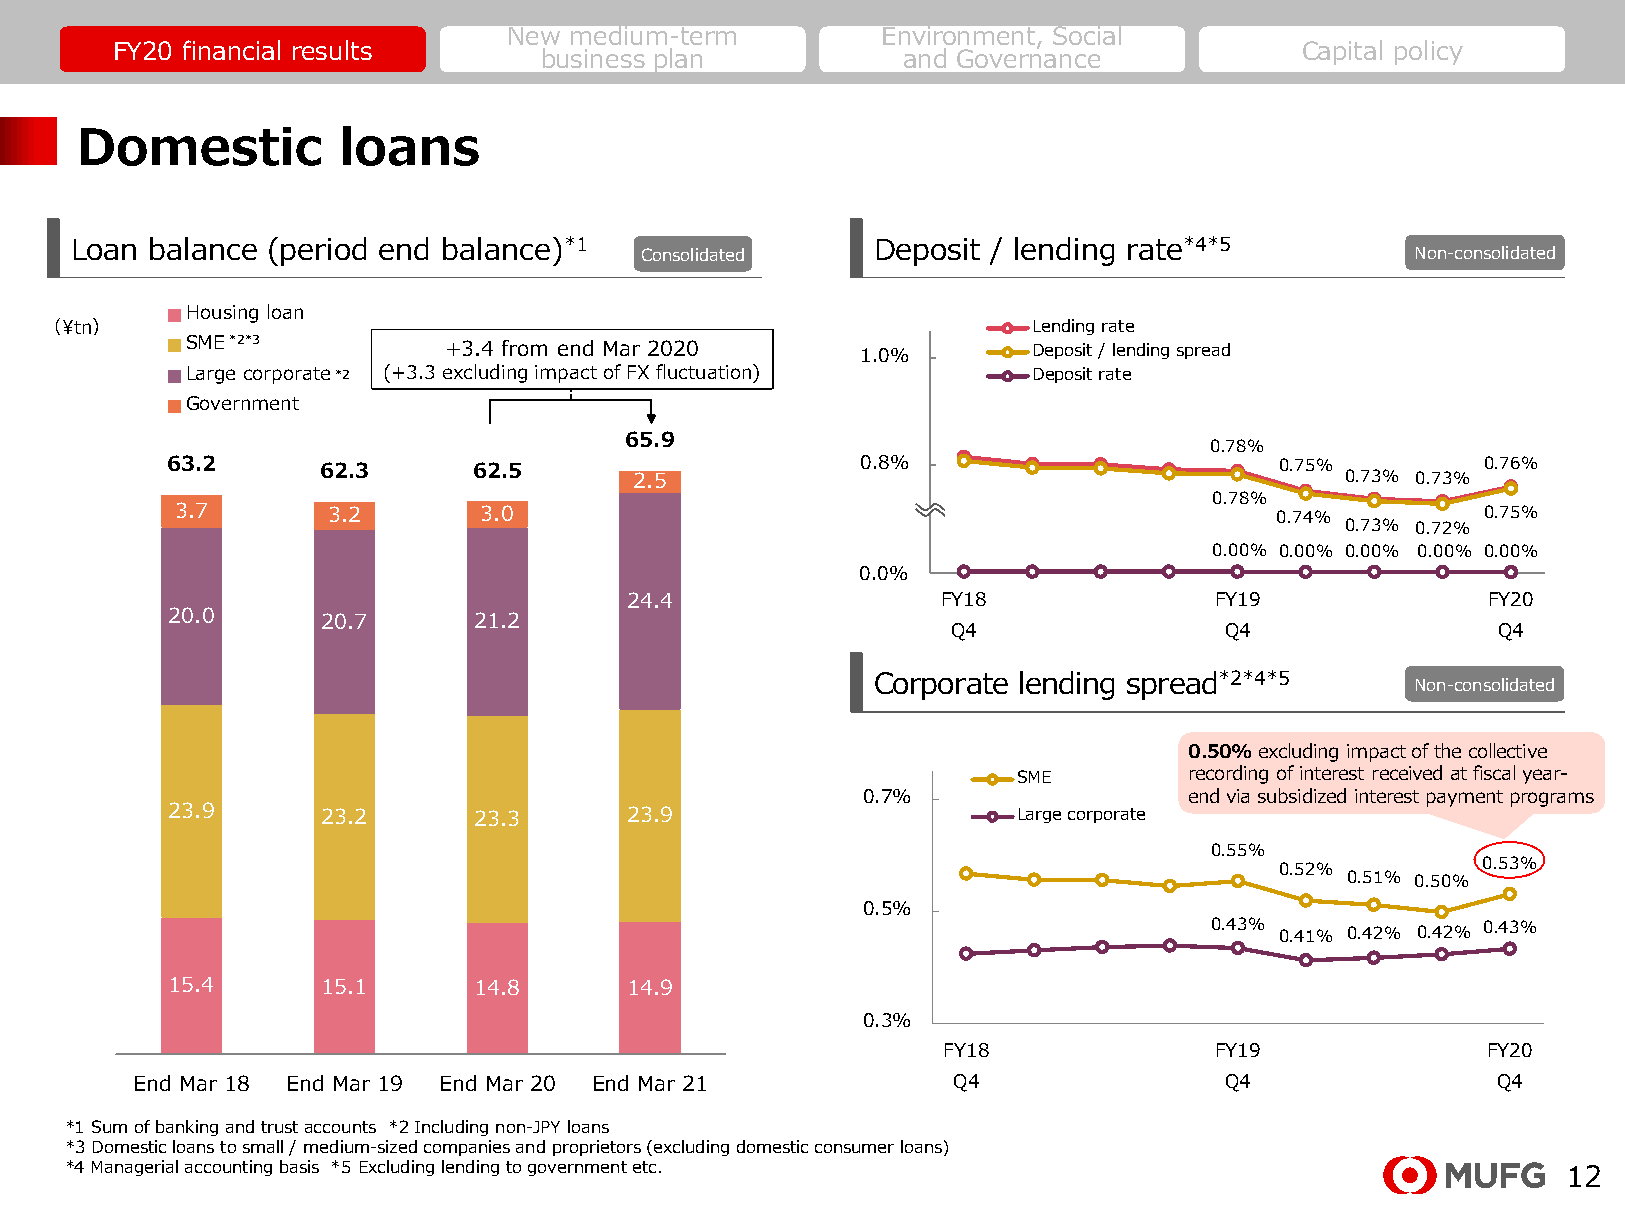
New medium-term         Environment, Social
 FY20 financial results                                                         Capital policy
 business plan           and Governance
 Domestic         loans
 Loan balance (period end balance)*1                  Deposit / lending rate*4*5
 Consolidated                                        Non-consolidated
 Housing loan
 （¥tn）                                                            Lending rate
 SME*2*3
 +3.4 from end Mar 2020      1.0%       Deposit / lending spread
 Large corporate*2 (+3.3 excluding impact of FX fluctuation) Deposit rate
 Government
 65.9
 0.78%
 63.2      62.3      62.5       2.5            0.8%                        0.75% 0.73% 0.73% 0.76%
 0.78%
 3.7       3.2       3.0                                                 0.74%         0.75%
 0.73% 0.72%
 0.00% 0.00% 0.00% 0.00% 0.00%
 00..06%%
 24.4                 FY18              FY19               FY20
 20.0      20.7      21.2
 Q4                Q4                Q4
 Corporate lending spread*2*4*5      Non-consolidated
 0.50%excluding impact of the collective
 SME         recording of interest received at fiscal year-
 0.7%                  end via subsidized interest payment programs
 23.9      23.2      23.3      23.9                      Large corporate
 0.55%
 0.53%
 0.52%
 0.51% 0.50%
 0.5%
 0.43% 0.41% 0.42% 0.42% 0.43%
 15.4      15.1      14.8      14.9
 0.3%
 FY18              FY19              FY20
 End Mar 18 End Mar 19 End Mar 20 End Mar 21           Q4                Q4                Q4
 *1 Sum of banking and trust accounts *2 Includingnon-JPY loans
 *3 Domestic loans to small / medium-sized companies and proprietors (excluding domestic consumer loans)
 *4 Managerial accounting basis *5 Excluding lending to government etc.
 12